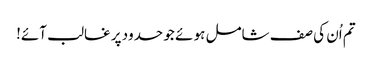
تم اُن کی صف شامل ہو ئے جو حدود پر غالب آئے!